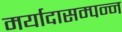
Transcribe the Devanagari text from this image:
मर्यादासम्पन्न